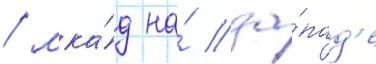
/ мка́д на́ за́пад'е